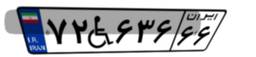
۵۹W۷۳۲۸۷